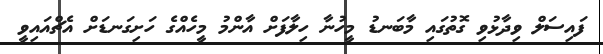
ފައިސަލް ވިދާޅުވި ގޮތުގައި މާބަނޑު މީހުނާ ހިލާފަށް އާންމު މީހެއްގެ ހަށިގަނޑަށް އެޗްއައިވީ